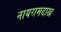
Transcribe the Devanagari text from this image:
नायरामदाख